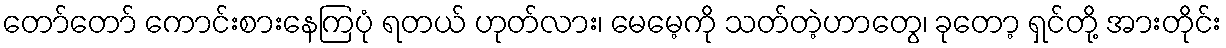
တော်တော် ကောင်းစားနေကြပုံ ရတယ် ဟုတ်လား၊ မေမေ့ကို သတ်တဲ့ဟာတွေ၊ ခုတော့ ရှင်တို့ အားတိုင်း